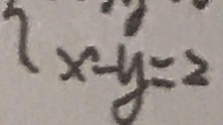
x - y = 2